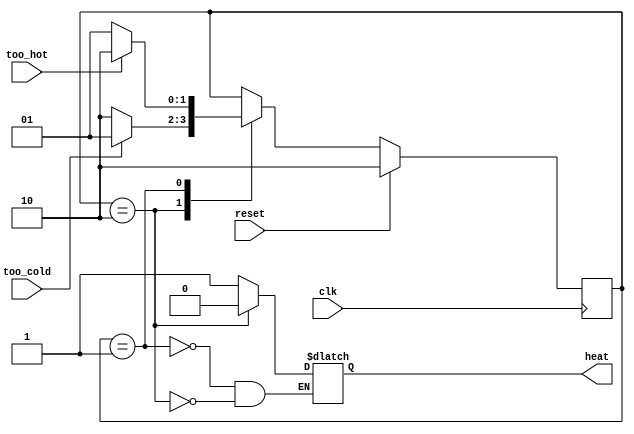
// Simple thermostat finite state machine (Moore) example

module fsm
(
    input clk,		// State updates and output transitions are synchronous
    input reset,	// Return to initial state (i.e. off)
    input too_hot,	// True when room is too hot
    input too_cold,	// True when room is too cold
    output reg heat	// True when heater should be turned on
);

    // State encoding (one-hot)
    reg [1:0] state;
    localparam  STATE_ON  = 2'b01,
		STATE_OFF = 2'b10;

    // State update logic
    always @(posedge clk) begin
        // Begin in OFF state out of reset (synchronous reset)
        if (reset) begin
            state <= STATE_OFF;
        end

        else begin
            case (state)
                STATE_OFF: begin
                    // Note: Omitting begin...end for brevity, be careful
                    if (too_cold)
                        state <= STATE_ON;
                    else
                        state <= STATE_OFF;
                end

                STATE_ON: begin
                    if (too_hot)
                        state <= STATE_OFF;
                    else
                        state <= STATE_ON;
                end
            endcase
        end

    end	// @(posedge clk)


    // Output logic (depends only on state - Moore machine)
    always @(state) begin
        case (state)
            STATE_ON:
                heat = 1'b1;
            STATE_OFF:
                heat = 1'b0;
        endcase
    end
    

endmodule